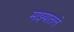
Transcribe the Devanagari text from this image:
माझ्यातले